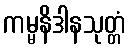
ကမ္မနိဒါနသုတ္တံ